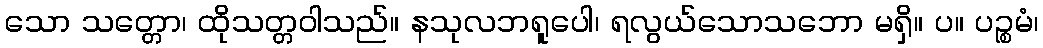
သော သတ္တော၊ ထိုသတ္တဝါသည်။ နသုလဘရူပေါ၊ ရလွယ်သောသဘော မရှိ။ ပ။ ပဉ္စမံ၊